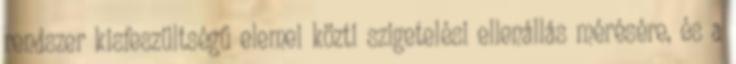
rendszer kisfeszültségű elemei közti szigetelési ellenállás mérésére, és a